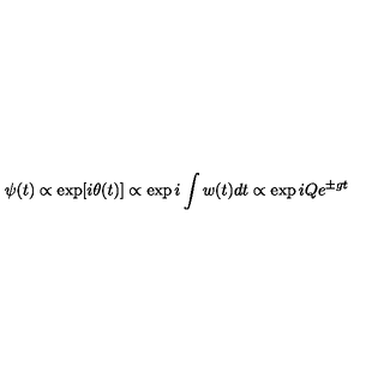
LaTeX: \psi ( t ) \propto \exp [ i \theta ( t ) ] \propto \exp i \int w ( t ) d t \propto \exp i Q e ^ { \pm g t }